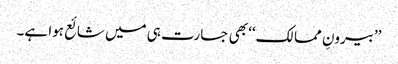
’’بیرونِ ممالک‘‘ بھی جسارت ہی میں شائع ہوا ہے۔